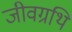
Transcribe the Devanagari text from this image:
जीवग्रथि